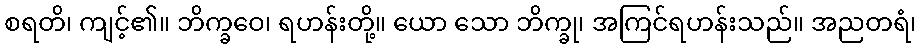
စရတိ၊ ကျင့်၏။ ဘိက္ခဝေ၊ ရဟန်းတို့။ ယော သော ဘိက္ခု၊ အကြင်ရဟန်းသည်။ အညတရံ၊